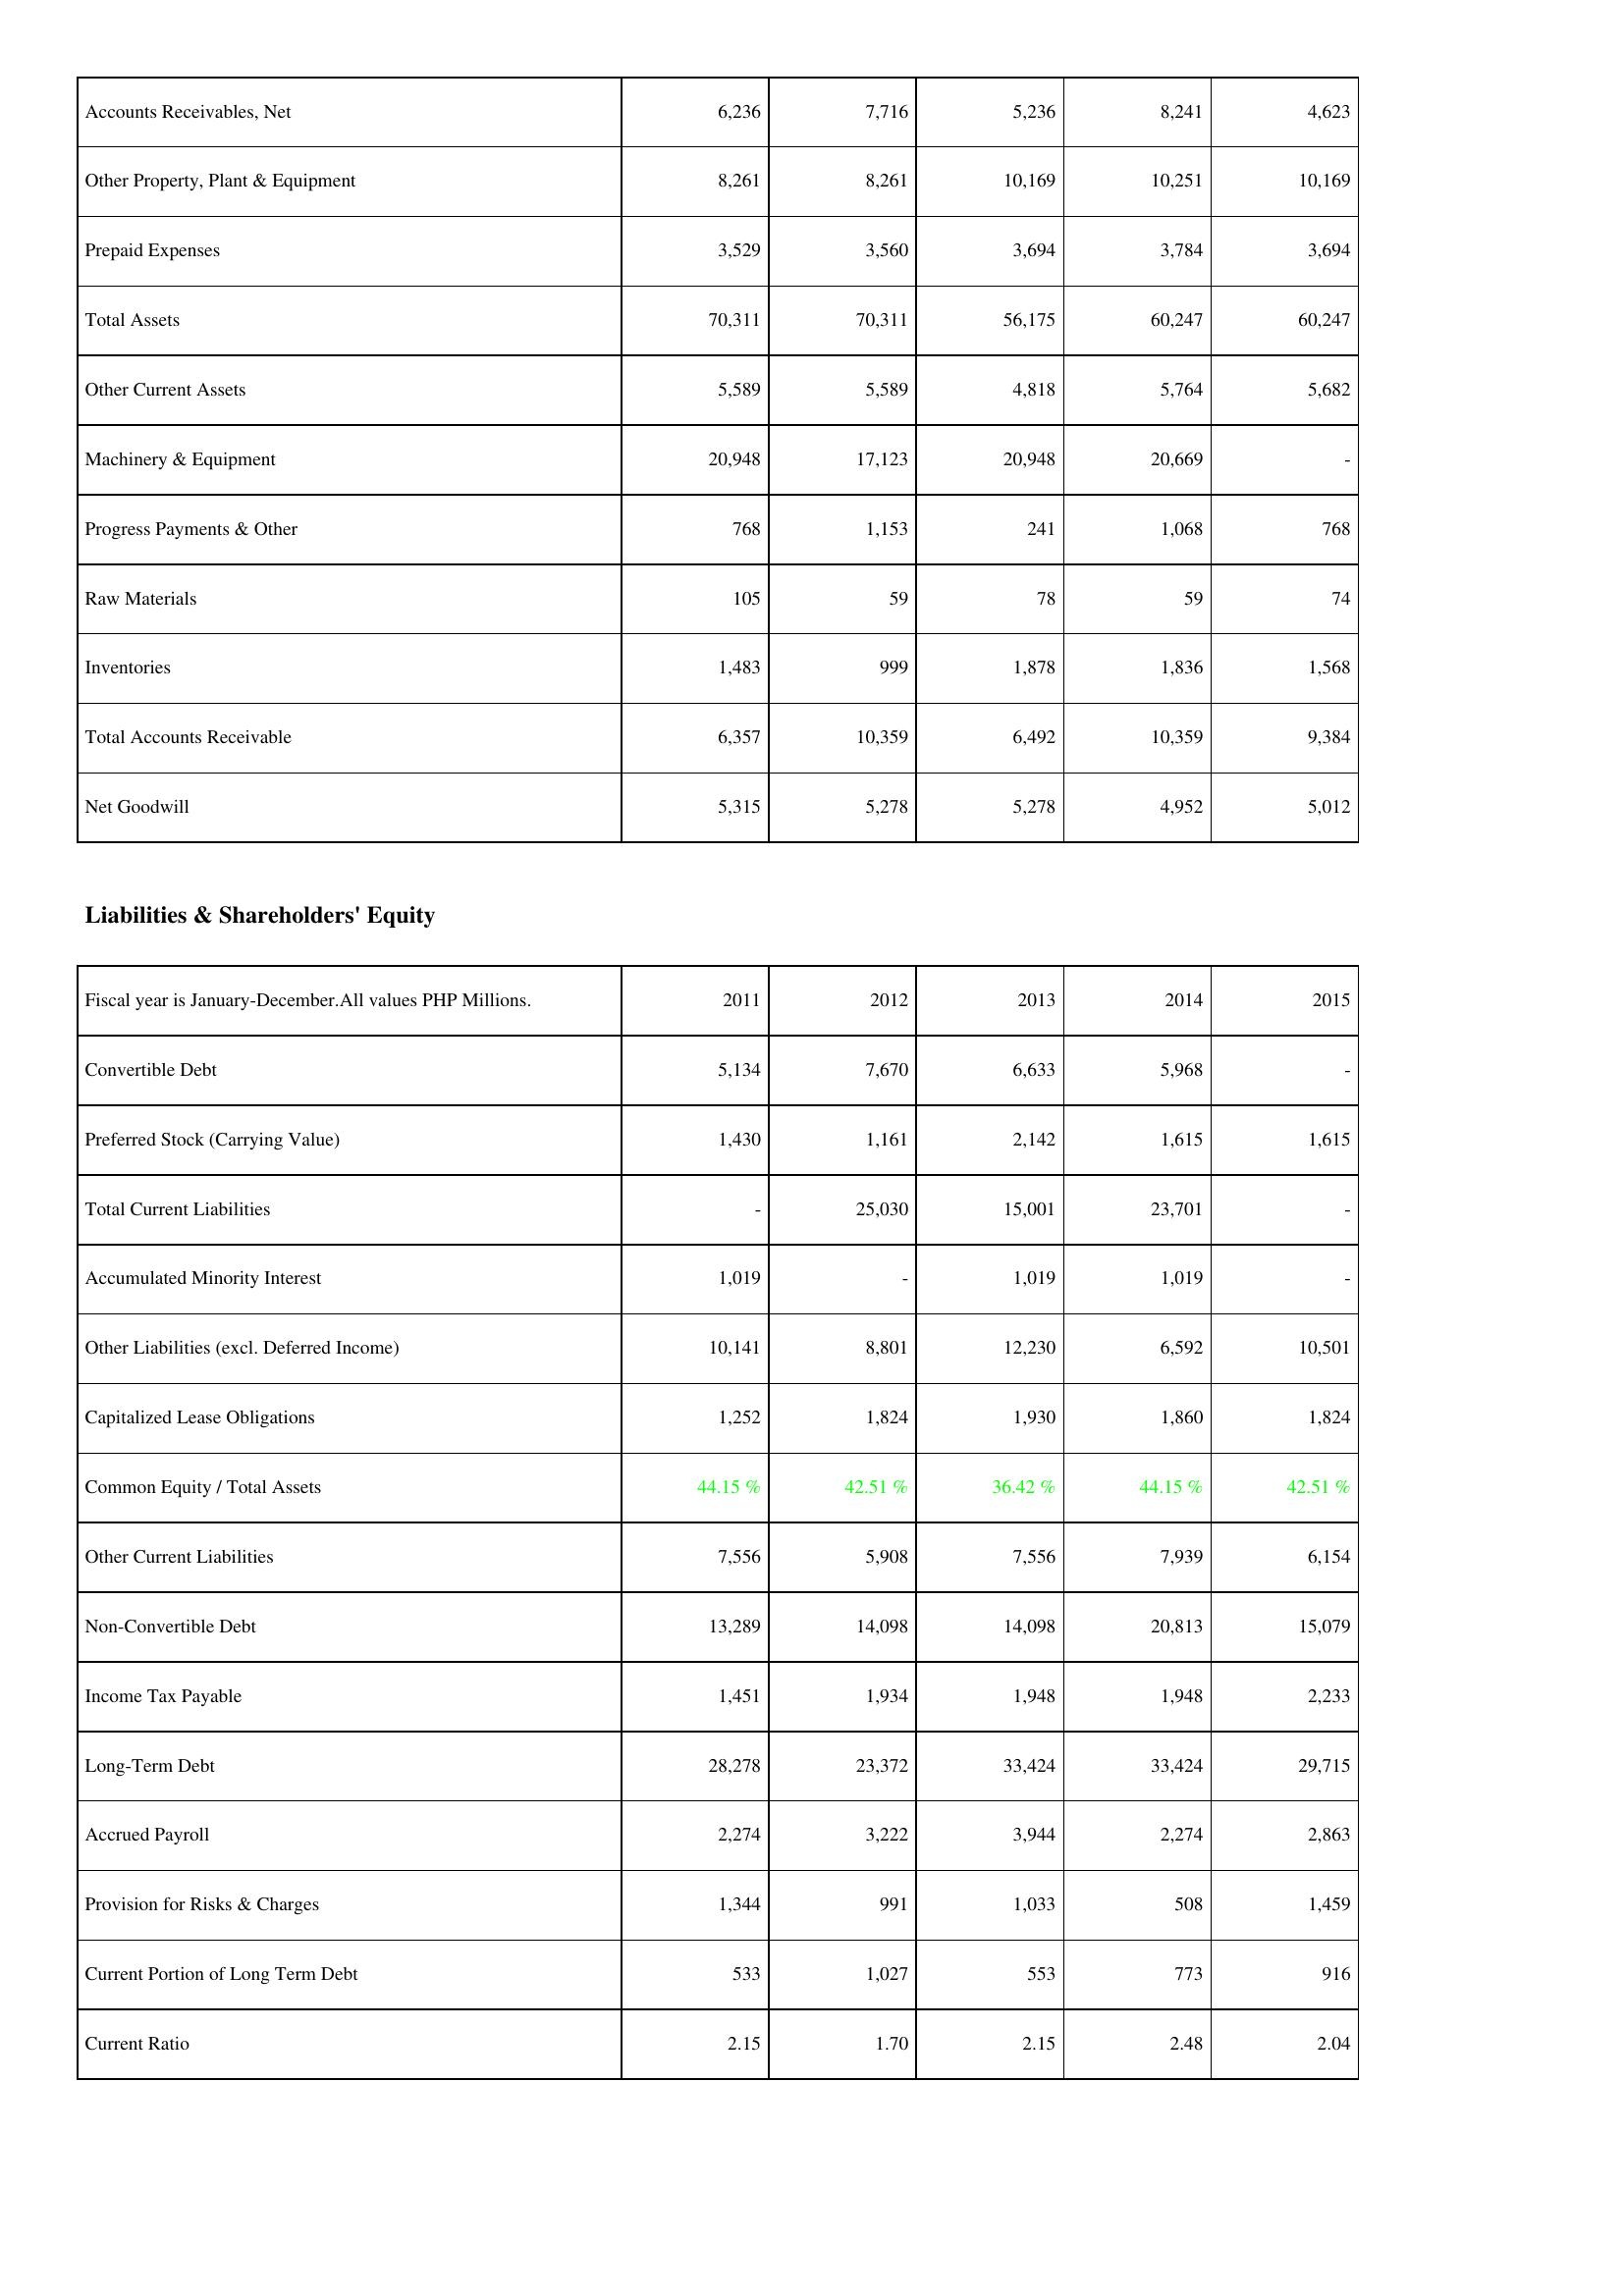
2011: Assets: Accounts Receivables, Net: 6,236
Other Property, Plant & Equipment: 8,261
Prepaid Expenses: 3,529
Total Assets: 70,311
Other Current Assets: 5,589
Machinery & Equipment: 20,948
Progress Payments & Other: 768
Raw Materials: 105
Inventories: 1,483
Total Accounts Receivable: 6,357
Net Goodwill: 5,315
Liabilities & Shareholders' Equity: Convertible Debt: 5,134
Preferred Stock (Carrying Value): 1,430
Total Current Liabilities: -
Accumulated Minority Interest: 1,019
Other Liabilities (excl. Deferred Income): 10,141
Capitalized Lease Obligations: 1,252
Common Equity / Total Assets: 44.15 %
Other Current Liabilities: 7,556
Non-Convertible Debt: 13,289
Income Tax Payable: 1,451
Long-Term Debt: 28,278
Accrued Payroll: 2,274
Provision for Risks & Charges: 1,344
Current Portion of Long Term Debt: 533
Current Ratio: 2.15
2012: Assets: Accounts Receivables, Net: 7,716
Other Property, Plant & Equipment: 8,261
Prepaid Expenses: 3,560
Total Assets: 70,311
Other Current Assets: 5,589
Machinery & Equipment: 17,123
Progress Payments & Other: 1,153
Raw Materials: 59
Inventories: 999
Total Accounts Receivable: 10,359
Net Goodwill: 5,278
Liabilities & Shareholders' Equity: Convertible Debt: 7,670
Preferred Stock (Carrying Value): 1,161
Total Current Liabilities: 25,030
Accumulated Minority Interest: -
Other Liabilities (excl. Deferred Income): 8,801
Capitalized Lease Obligations: 1,824
Common Equity / Total Assets: 42.51 %
Other Current Liabilities: 5,908
Non-Convertible Debt: 14,098
Income Tax Payable: 1,934
Long-Term Debt: 23,372
Accrued Payroll: 3,222
Provision for Risks & Charges: 991
Current Portion of Long Term Debt: 1,027
Current Ratio: 1.70
2013: Assets: Accounts Receivables, Net: 5,236
Other Property, Plant & Equipment: 10,169
Prepaid Expenses: 3,694
Total Assets: 56,175
Other Current Assets: 4,818
Machinery & Equipment: 20,948
Progress Payments & Other: 241
Raw Materials: 78
Inventories: 1,878
Total Accounts Receivable: 6,492
Net Goodwill: 5,278
Liabilities & Shareholders' Equity: Convertible Debt: 6,633
Preferred Stock (Carrying Value): 2,142
Total Current Liabilities: 15,001
Accumulated Minority Interest: 1,019
Other Liabilities (excl. Deferred Income): 12,230
Capitalized Lease Obligations: 1,930
Common Equity / Total Assets: 36.42 %
Other Current Liabilities: 7,556
Non-Convertible Debt: 14,098
Income Tax Payable: 1,948
Long-Term Debt: 33,424
Accrued Payroll: 3,944
Provision for Risks & Charges: 1,033
Current Portion of Long Term Debt: 553
Current Ratio: 2.15
2014: Assets: Accounts Receivables, Net: 8,241
Other Property, Plant & Equipment: 10,251
Prepaid Expenses: 3,784
Total Assets: 60,247
Other Current Assets: 5,764
Machinery & Equipment: 20,669
Progress Payments & Other: 1,068
Raw Materials: 59
Inventories: 1,836
Total Accounts Receivable: 10,359
Net Goodwill: 4,952
Liabilities & Shareholders' Equity: Convertible Debt: 5,968
Preferred Stock (Carrying Value): 1,615
Total Current Liabilities: 23,701
Accumulated Minority Interest: 1,019
Other Liabilities (excl. Deferred Income): 6,592
Capitalized Lease Obligations: 1,860
Common Equity / Total Assets: 44.15 %
Other Current Liabilities: 7,939
Non-Convertible Debt: 20,813
Income Tax Payable: 1,948
Long-Term Debt: 33,424
Accrued Payroll: 2,274
Provision for Risks & Charges: 508
Current Portion of Long Term Debt: 773
Current Ratio: 2.48
2015: Assets: Accounts Receivables, Net: 4,623
Other Property, Plant & Equipment: 10,169
Prepaid Expenses: 3,694
Total Assets: 60,247
Other Current Assets: 5,682
Machinery & Equipment: -
Progress Payments & Other: 768
Raw Materials: 74
Inventories: 1,568
Total Accounts Receivable: 9,384
Net Goodwill: 5,012
Liabilities & Shareholders' Equity: Convertible Debt: -
Preferred Stock (Carrying Value): 1,615
Total Current Liabilities: -
Accumulated Minority Interest: -
Other Liabilities (excl. Deferred Income): 10,501
Capitalized Lease Obligations: 1,824
Common Equity / Total Assets: 42.51 %
Other Current Liabilities: 6,154
Non-Convertible Debt: 15,079
Income Tax Payable: 2,233
Long-Term Debt: 29,715
Accrued Payroll: 2,863
Provision for Risks & Charges: 1,459
Current Portion of Long Term Debt: 916
Current Ratio: 2.04